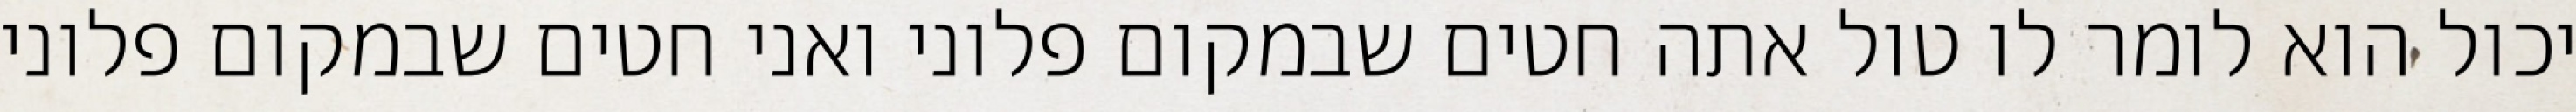
יכול הוא לומר לו טול אתה חטים שבמקום פלוני ואני חטים שבמקום פלוני